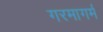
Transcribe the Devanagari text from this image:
गरमागर्म